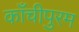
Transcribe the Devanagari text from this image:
काँचीपुरम